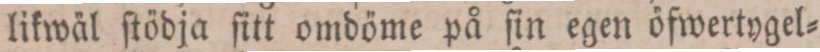
likwäl ſtödja ſitt omdöme på ſin egen öfwertygel=